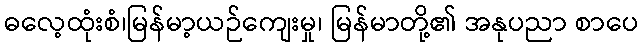
ဓလေ့ထုံးစံ၊မြန်မာ့ယဉ်ကျေးမှု၊ မြန်မာတို့၏ အနုပညာ စာပေ